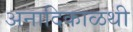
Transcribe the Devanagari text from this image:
अनादिकाळथी